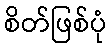
စိတ်ဖြစ်ပုံ